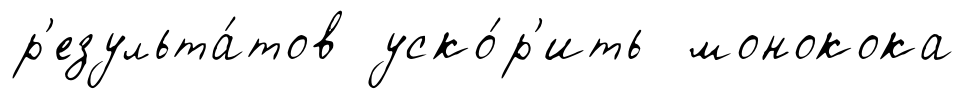
р'езульта́тов уско́р'ить монокока